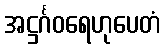
အဋ္ဌင်္ဂဝရေဟုပေတံ